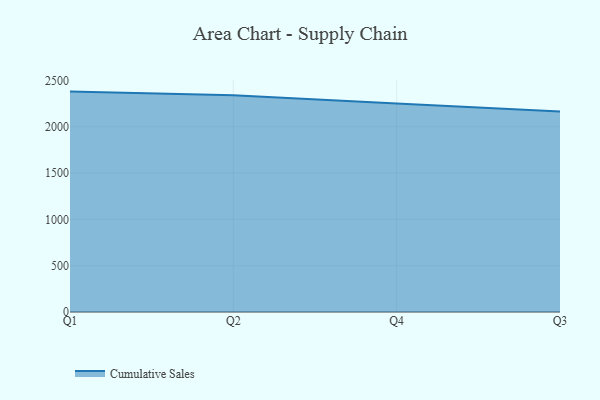
{"axis": {"x": "Quarter", "y": "Shipments"}, "legend": ["Cumulative Sales"], "data": [{"x": "Q1", "y": 2379.2, "type": "Cumulative Sales"}, {"x": "Q2", "y": 2338.9, "type": "Cumulative Sales"}, {"x": "Q4", "y": 2252.0, "type": "Cumulative Sales"}, {"x": "Q3", "y": 2164.0, "type": "Cumulative Sales"}]}